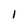
Character: 1